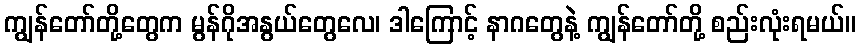
ကျွန်တော်တို့တွေက မွန်ဂိုအနွယ်တွေလေ၊ ဒါကြောင့် နာဂတွေနဲ့ ကျွန်တော်တို့ စည်းလုံးရမယ်။